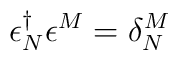
\epsilon ^{\dagger }_{N}\epsilon ^{M}=\delta ^{M}_{N}